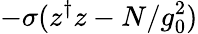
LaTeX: -\sigma(z^{\dagger}z-N/g_{0}^{2})